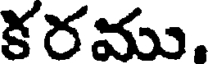
కరము,